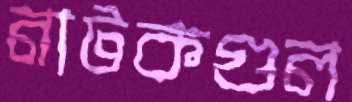
নাটকগুল